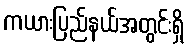
ကယားပြည်နယ်အတွင်းရှိ